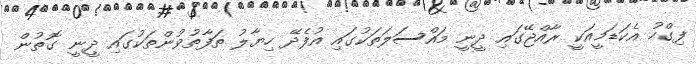
ފިގްހު އެކަޑަމީއަކީ ރާއްޖޭގައި ދީނީ މައްސަލަތަކުގައި އުފެދޭ ހިޔާލު ތަފާތުވުންތަކުގައި ދީނީ ގޮތުން